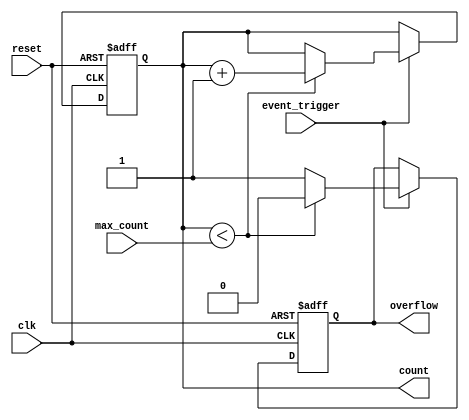
module EventTriggeredCounter (
    input wire clk,                // Clock signal
    input wire reset,              // Asynchronous reset signal
    input wire event_trigger,      // Event trigger signal
    input wire [7:0] max_count,    // Maximum count value (preset)
    output reg [7:0] count,        // Current count value
    output reg overflow            // Overflow indicator
);

    // State definitions
    localparam MAX_COUNT_VALUE = 8'hFF; // Define maximum count value for overflow

    // Synchronous reset and counting logic
    always @(posedge clk or posedge reset) begin
        if (reset) begin
            count <= 8'b0;             // Clear count on reset
            overflow <= 1'b0;          // Clear overflow indicator
        end else if (event_trigger) begin
            if (count < max_count) begin
                count <= count + 1;    // Increment count
                overflow <= 1'b0;       // Clear overflow indicator
            end else begin
                overflow <= 1'b1;       // Set overflow indicator
            end
        end
    end

endmodule